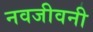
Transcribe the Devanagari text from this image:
नवजीवनी